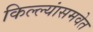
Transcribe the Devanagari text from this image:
किल्ल्यांसमवेत